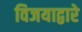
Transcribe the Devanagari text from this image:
विजयाद्वारे